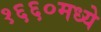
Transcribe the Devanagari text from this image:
१६६०मध्ये